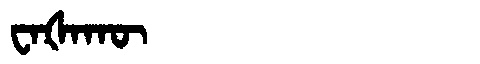
Manchu: ᠸᠠᡧᠠᡴᡡ
Romanization: WAŠAKŪ